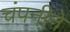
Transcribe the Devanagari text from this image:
चंपनीने